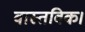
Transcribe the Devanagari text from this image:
वास्तविक।